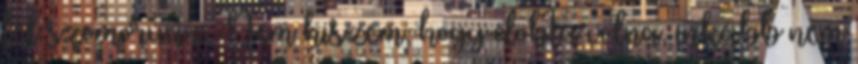
fel szomorúan. Nem hiszem, hogy dobta volna, inkább nem